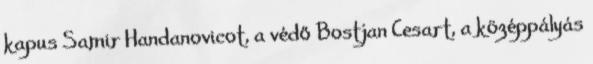
kapus Samir Handanovicot, a védő Bostjan Cesart, a középpályás